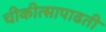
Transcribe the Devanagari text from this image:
चीकीत्सापाढती